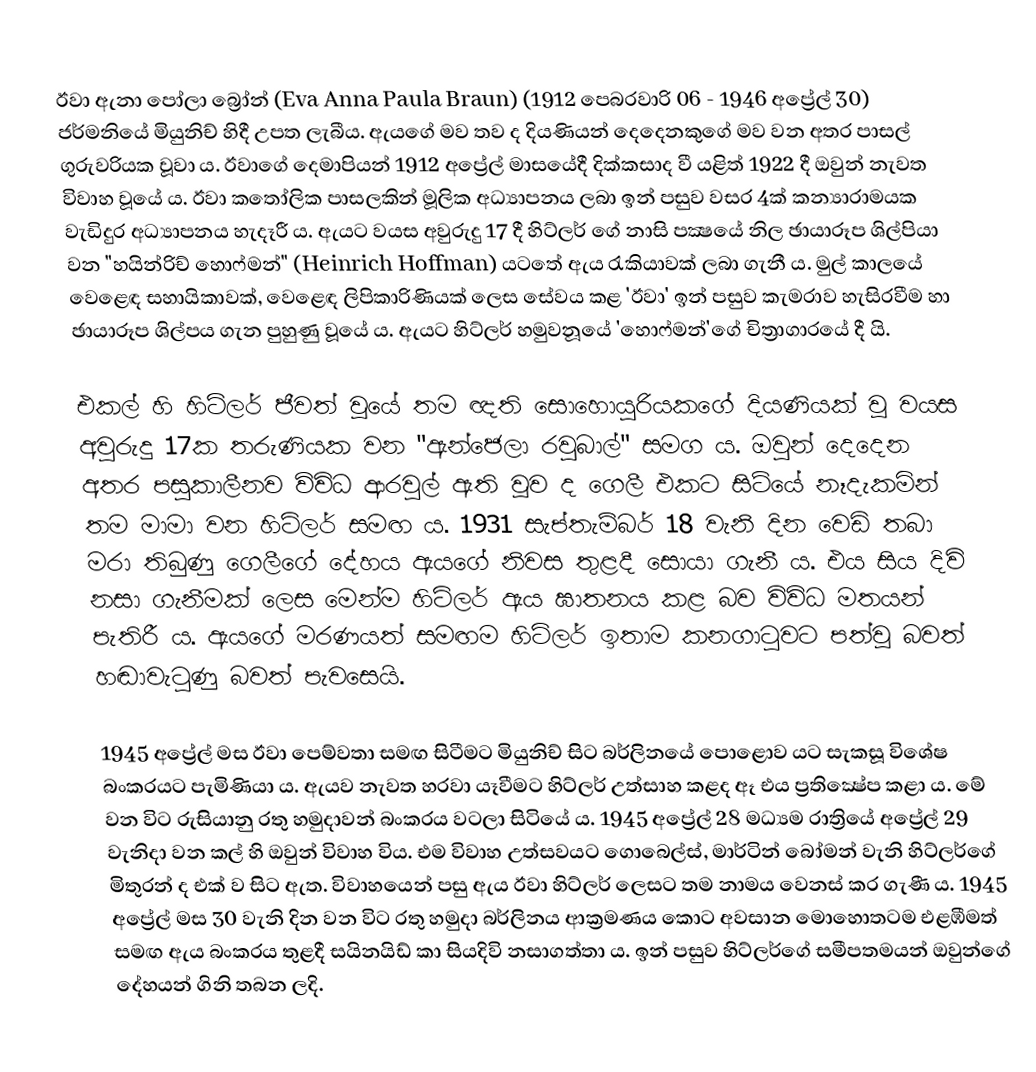
ඊවා ඇනා පෝලා බ්‍රෝන් (Eva Anna Paula Braun) (1912 පෙබරවාරි 06 - 1946 අප්‍රේල් 30) ජර්මනියේ මියුනිච් හිදී උපත ලැබීය. ඇයගේ මව තව ද දියණියන් දෙදෙනකුගේ මව වන අතර පාසල් ගුරුවරියක වූවා ය. ඊවාගේ දෙමාපියන් 1912 අප්‍රේල් මාසයේදී දික්‌කසාද වී යළිත් 1922 දී ඔවුන් නැවත විවාහ වූයේ ය. ඊවා කතෝලික පාසලකින් මූලික අධ්‍යාපනය ලබා ඉන් පසුව වසර 4ක් කන්‍යාරාමයක වැඩිදුර අධ්‍යාපනය හැදෑරී ය. ඇයට වයස අවුරුදු 17 දී හිට්‌ලර් ගේ නාසි පක්‍ෂයේ නිල ඡායාරූප ශිල්පියා වන "හයින්රිච් හොෆ්මන්" (Heinrich Hoffman) යටතේ ඇය රැකියාවක්‌ ලබා ගැනී ය. මුල් කාලයේ වෙළෙඳ සහායිකාවක්‌, වෙළෙඳ ලිපිකාරිණියක්‌ ලෙස සේවය කළ 'ඊවා' ඉන් පසුව කැමරාව හැසිරවීම හා ඡායාරූප ශිල්පය ගැන පුහුණු වූයේ ය. ඇයට හිට්‌ලර් හමුවනූයේ 'හොෆ්මන්'ගේ චිත්‍රාගාරයේ දී යි.

එකල් හි හිට්‌ලර් ජීවත් වූයේ තම ඥති සොහොයුරියකගේ දියණියක් වූ වයස අවුරුදු 17ක තරුණියක වන "ඇන්ජෙලා රවුබාල්" සමග ය. ඔවුන් දෙදෙන අතර පසුකාලීනව විවිධ ආරවුල් ඇති වූව ද ගෙලී එකට සිටියේ නෑදැකමින් තම මාමා වන හිට්‌ලර් සමඟ ය. 1931 සැප්තැම්බර් 18 වැනි දින වෙඩි තබා මරා තිබුණු ගෙලීගේ දේහය ඇයගේ නිවස තුළදී සොයා ගැනී ය. එය සිය දිවි නසා ගැනීමක්‌ ලෙස මෙන්ම හිට්‌ලර් ඇය ඝාතනය කළ බව විවිධ මතයන් පැතිරී ය. ඇයගේ මරණයත් සමඟම හිට්‌ලර් ඉතාම කනගාටුවට පත්වූ බවත් හඬාවැටුණු බවත් පැවසෙයි.

1945 අප්‍රේල් මස ඊවා පෙම්වතා සමඟ සිටීමට මියුනිච් සිට බර්ලිනයේ පොළොව යට සැකසූ විශේෂ බංකරයට පැමිණියා ය. ඇයව නැවත හරවා යෑවීමට හිට්‌ලර් උත්සාහ කළද ඈ එය ප්‍රතික්‍ෂේප කළා ය. මේ වන විට රුසියානු රතු හමුදාවන් බංකරය වටලා සිටියේ ය. 1945 අප්‍රේල් 28 මධ්‍යම රාත්‍රියේ අප්‍රේල් 29 වැනිදා වන කල් හි ඔවුන් විවාහ විය. එම විවාහ උත්සවයට ගොබෙල්ස්‌, මාර්ටින් බෝමන් වැනි හිට්‌ලර්ගේ මිතුරන් ද එක්‌ ව සිට ඇත. විවාහයෙන් පසු ඇය ඊවා හිට්‌ලර් ලෙසට තම නාමය වෙනස්‌ කර ගැණී ය. 1945 අප්‍රේල් මස 30 වැනි දින වන විට රතු හමුදා බර්ලිනය ආක්‍රමණය කොට අවසාන මොහොතටම එළඹීමත් සමඟ ඇය බංකරය තුළදී සයිනයිඩ් කා සියදිවි නසාගත්තා ය. ඉන් පසුව හිට්‌ලර්ගේ සමීපතමයන් ඔවුන්ගේ දේහයන් ගිනි තබන ලදි.